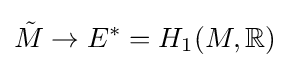
{\tilde {M}}\to E^{*}=H_{1}(M,\mathbb {R} )